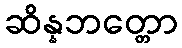
ဆိန္နဘတ္တော